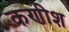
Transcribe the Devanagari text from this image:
कणीश